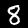
Label: 8